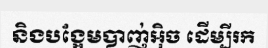
និងបង្អែមបាញ់អ៊ិច ដើម្បីរក